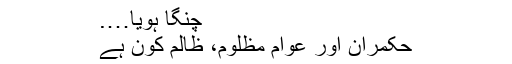
چنگا ہویا….
حکمران اور عوام مظلوم، ظالم کون ہے